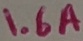
Text: 1.6A